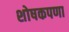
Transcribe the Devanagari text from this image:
शोषकपणा